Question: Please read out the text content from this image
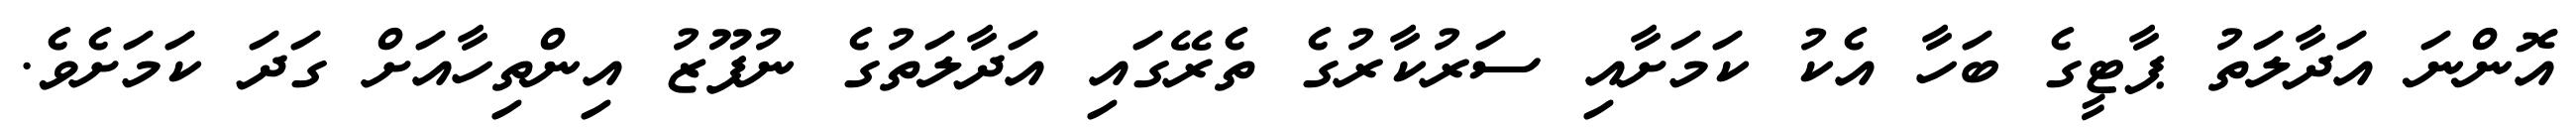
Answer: އޮންނަ އަދާލަތު ޕާޓީގެ ބަހާ އެކު ކަމަށާއި ސަރުކާރުގެ ތެރޭގައި އަދާލަތުގެ ނުފޫޒު އިންތިހާއަށް ގަދަ ކަމަށެވެ.